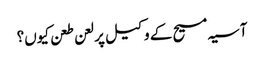
آسیہ مسیح کے وکیل پر لعن طعن کیوں؟